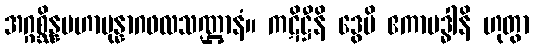
အဂ္ဂစ္ဆိန္နမဟာပုန္နာဂဖလသဏ္ဌာနံ။ ကဋိဋ္ဌီနိ ဒွေပိ ဧကာဗဒ္ဓါနိ ဟုတွာ